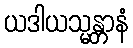
ယဒါယသ္မန္တာနံ